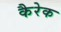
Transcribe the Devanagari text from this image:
कैरेक